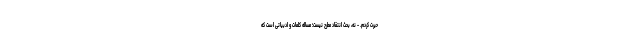
حیرت کردم. - نه، بحث انتقاد مطرح نیست؛ مساله کلمات و ادبیاتی است که